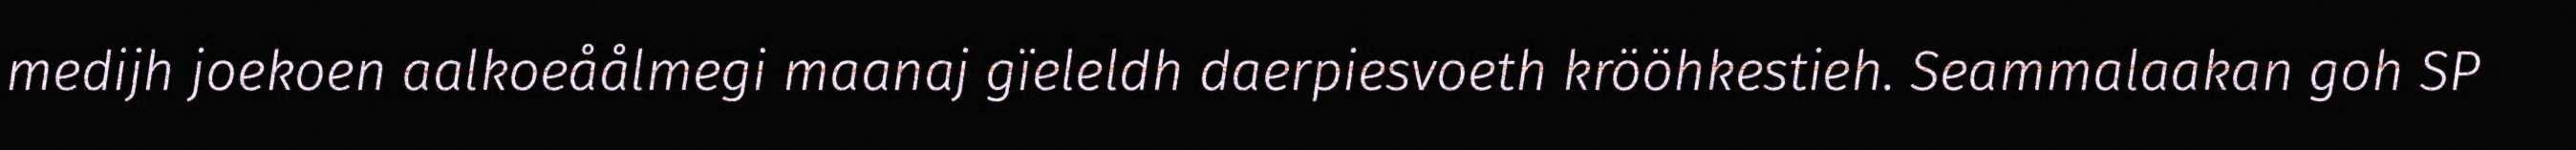
medijh joekoen aalkoeåålmegi maanaj gïeleldh daerpiesvoeth krööhkestieh. Seammalaakan goh SP